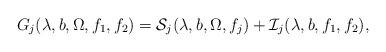
LaTeX: \begin{align*}G_{j}(\lambda,b,\Omega,f_{1},f_{2})=\mathcal{S}_{j}(\lambda,b,\Omega,f_{j})+\mathcal{I}_{j}(\lambda,b,f_{1},f_{2}),\end{align*}